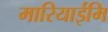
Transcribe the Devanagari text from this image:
मारियाईमि